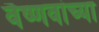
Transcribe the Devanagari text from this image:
वैष्णवांच्या